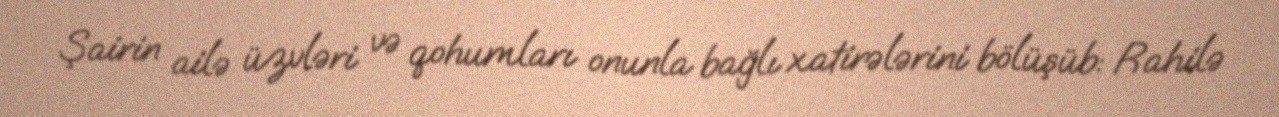
Şairin ailə üzvləri və qohumları onunla bağlı xatirələrini bölüşüb: Rahilə